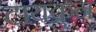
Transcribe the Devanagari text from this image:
टायक्रुन